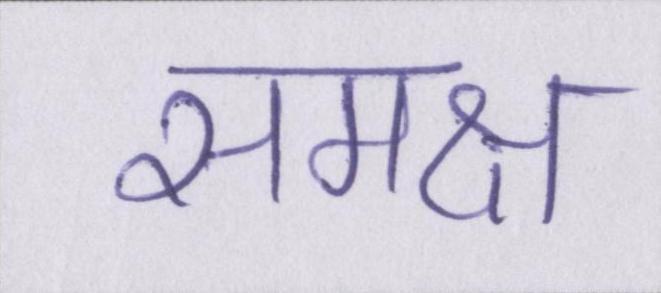
समक्ष